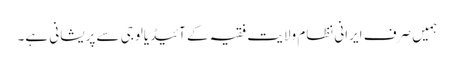
ہمیں صرف ایرانی نظام ولایت فقیہ کے آئیڈیالوجی سے پریشانی ہے۔